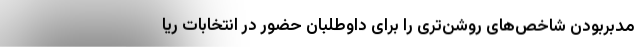
مدبر‌بودن شاخص‌های روشن‌تری را برای داوطلبان حضور در انتخابات ریا